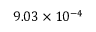
9 . 0 3 \times 1 0 ^ { - 4 }